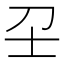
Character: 𡔛